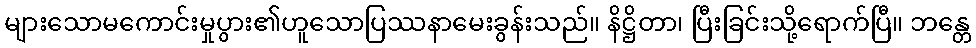
များသောမကောင်းမှုပွား၏ဟူသောပြဿနာမေးခွန်းသည်။ နိဋ္ဌိတာ၊ ပြီးခြင်းသို့ရောက်ပြီ။ ဘန္တေ